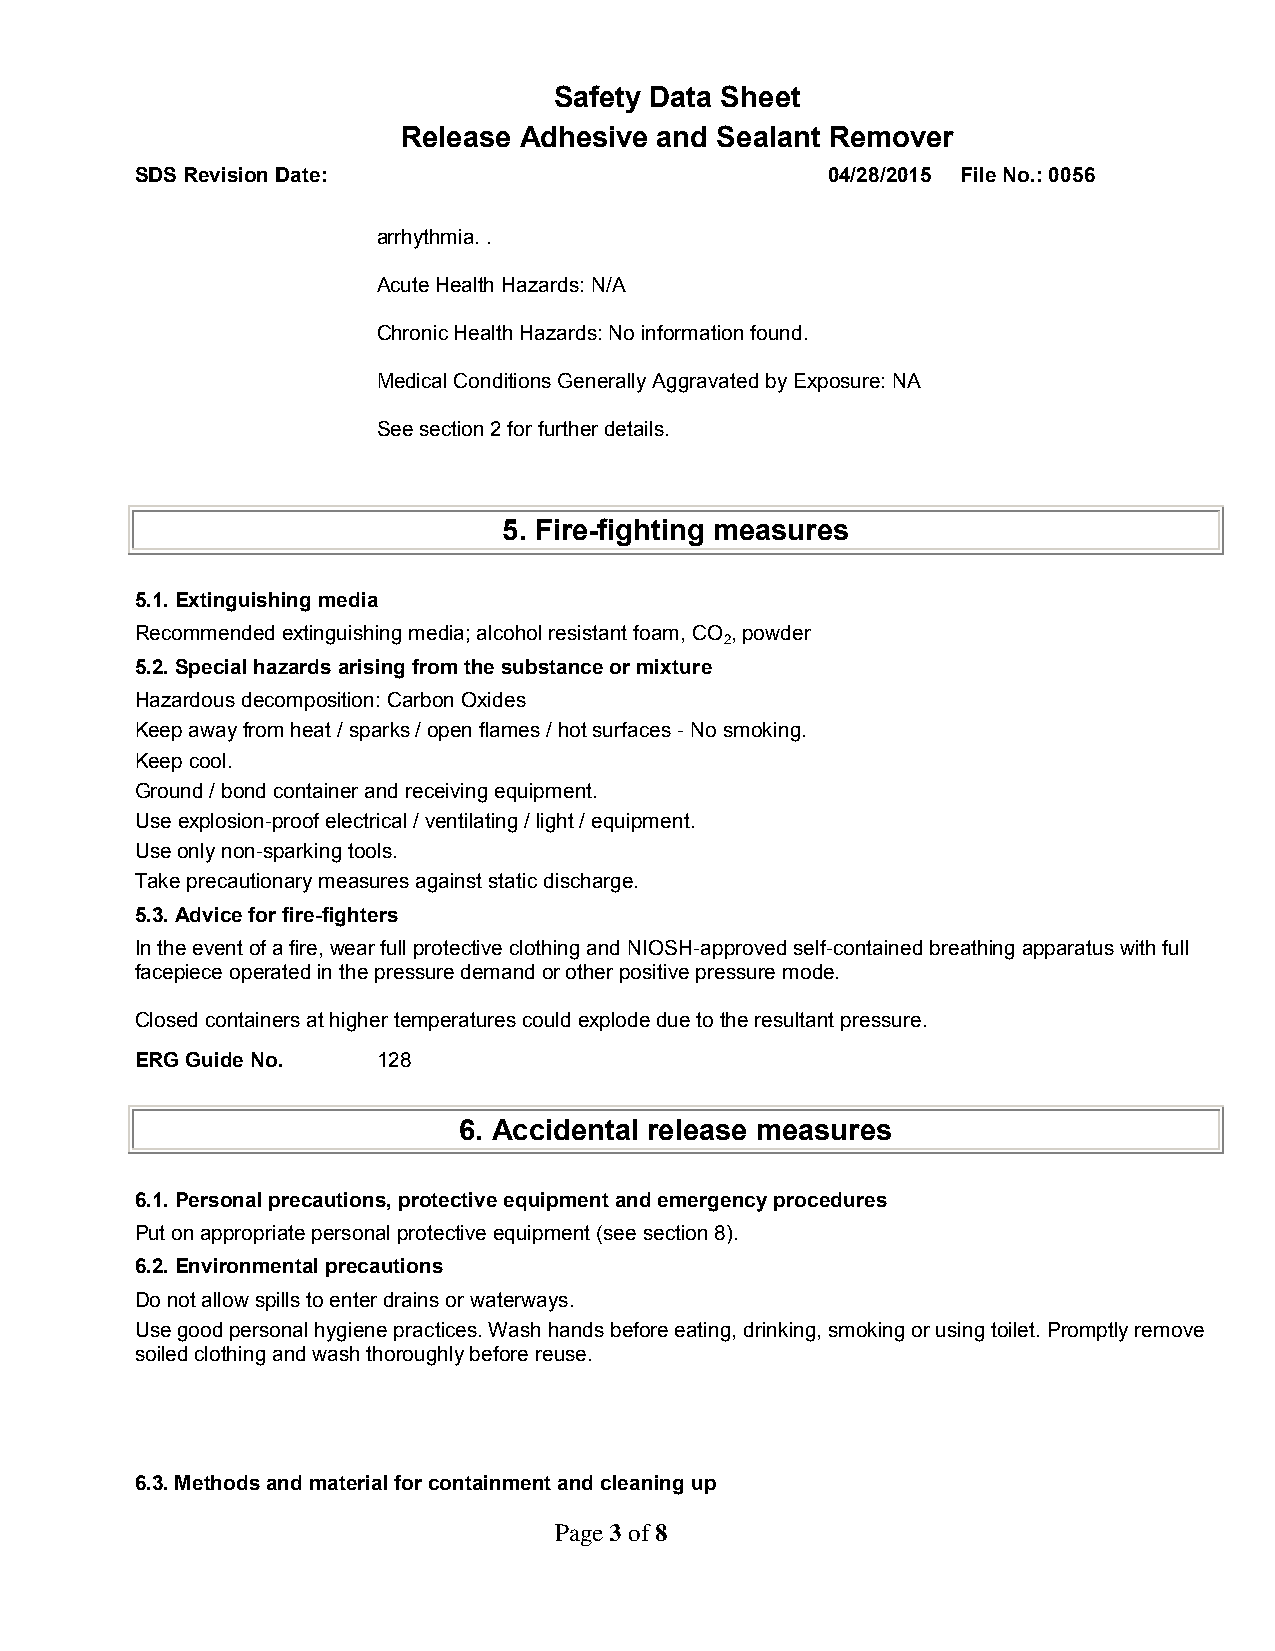
Safety Data Sheet
 Release Adhesive and Sealant Remover
 SDS Revision Date:                            04/28/2015 File No.: 0056
 arrhythmia. .
 Acute Health Hazards: N/A
 Chronic Health Hazards: No information found.
 Medical Conditions Generally Aggravated by Exposure: NA
 See section 2 for further details.
 5. Fire-fighting measures
 5.1. Extinguishing media
 Recommended extinguishing media; alcohol resistant foam, CO , powder
 2
 5.2. Special hazards arising from the substance or mixture
 Hazardous decomposition: Carbon Oxides
 Keep away from heat / sparks / open flames / hot surfaces - No smoking.
 Keep cool.
 Ground / bond container and receiving equipment.
 Use explosion-proof electrical / ventilating / light / equipment.
 Use only non-sparking tools.
 Take precautionary measures against static discharge.
 5.3. Advice for fire-fighters
 In the event of a fire, wear full protective clothing and NIOSH-approved self-contained breathing apparatus with full
 facepiece operated in the pressure demand or other positive pressure mode.
 Closed containers at higher temperatures could explode due to the resultant pressure.
 ERG Guide No.   128
 6. Accidental release measures
 6.1. Personal precautions, protective equipment and emergency procedures
 Put on appropriate personal protective equipment (see section 8).
 6.2. Environmental precautions
 Do not allow spills to enter drains or waterways.
 Use good personal hygiene practices. Wash hands before eating, drinking, smoking or using toilet. Promptly remove
 soiled clothing and wash thoroughly before reuse.
 6.3. Methods and material for containment and cleaning up
 Page 3 of 8